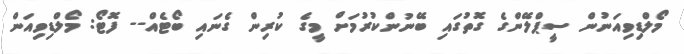
މޯލްޑިވިއަނުން ސީޕްލޭންގެ ގޮތުގައި ބޭނުންކުރުމަށް މީގެ ކުރިން ގެނައި ބޯޓެއް-- ފޮޓޯ: މޯލްޑިވިއަން